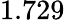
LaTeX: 1.729